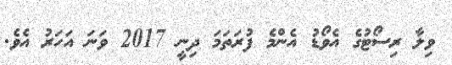
ވިލާ ރިސޯޓުގެ އެވޯޑު އެންމެ ފުރަތަމަ ދިނީ 2017 ވަނަ އަހަރު އެވެ.